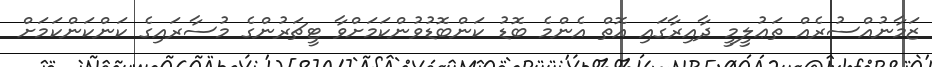
ޒަމާނުއްސުރެއް ތަޢުލީމީ ދާއިރާގައި އޮތް އެންމެ ބޮޑު ކަންބޮޑުވުންކަމަށްވާ ޓީޗަރުންގެ މުސާރައިގެ ކަންކަންކަމަށް